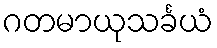
ဂတမာယုသင်္ခယံ